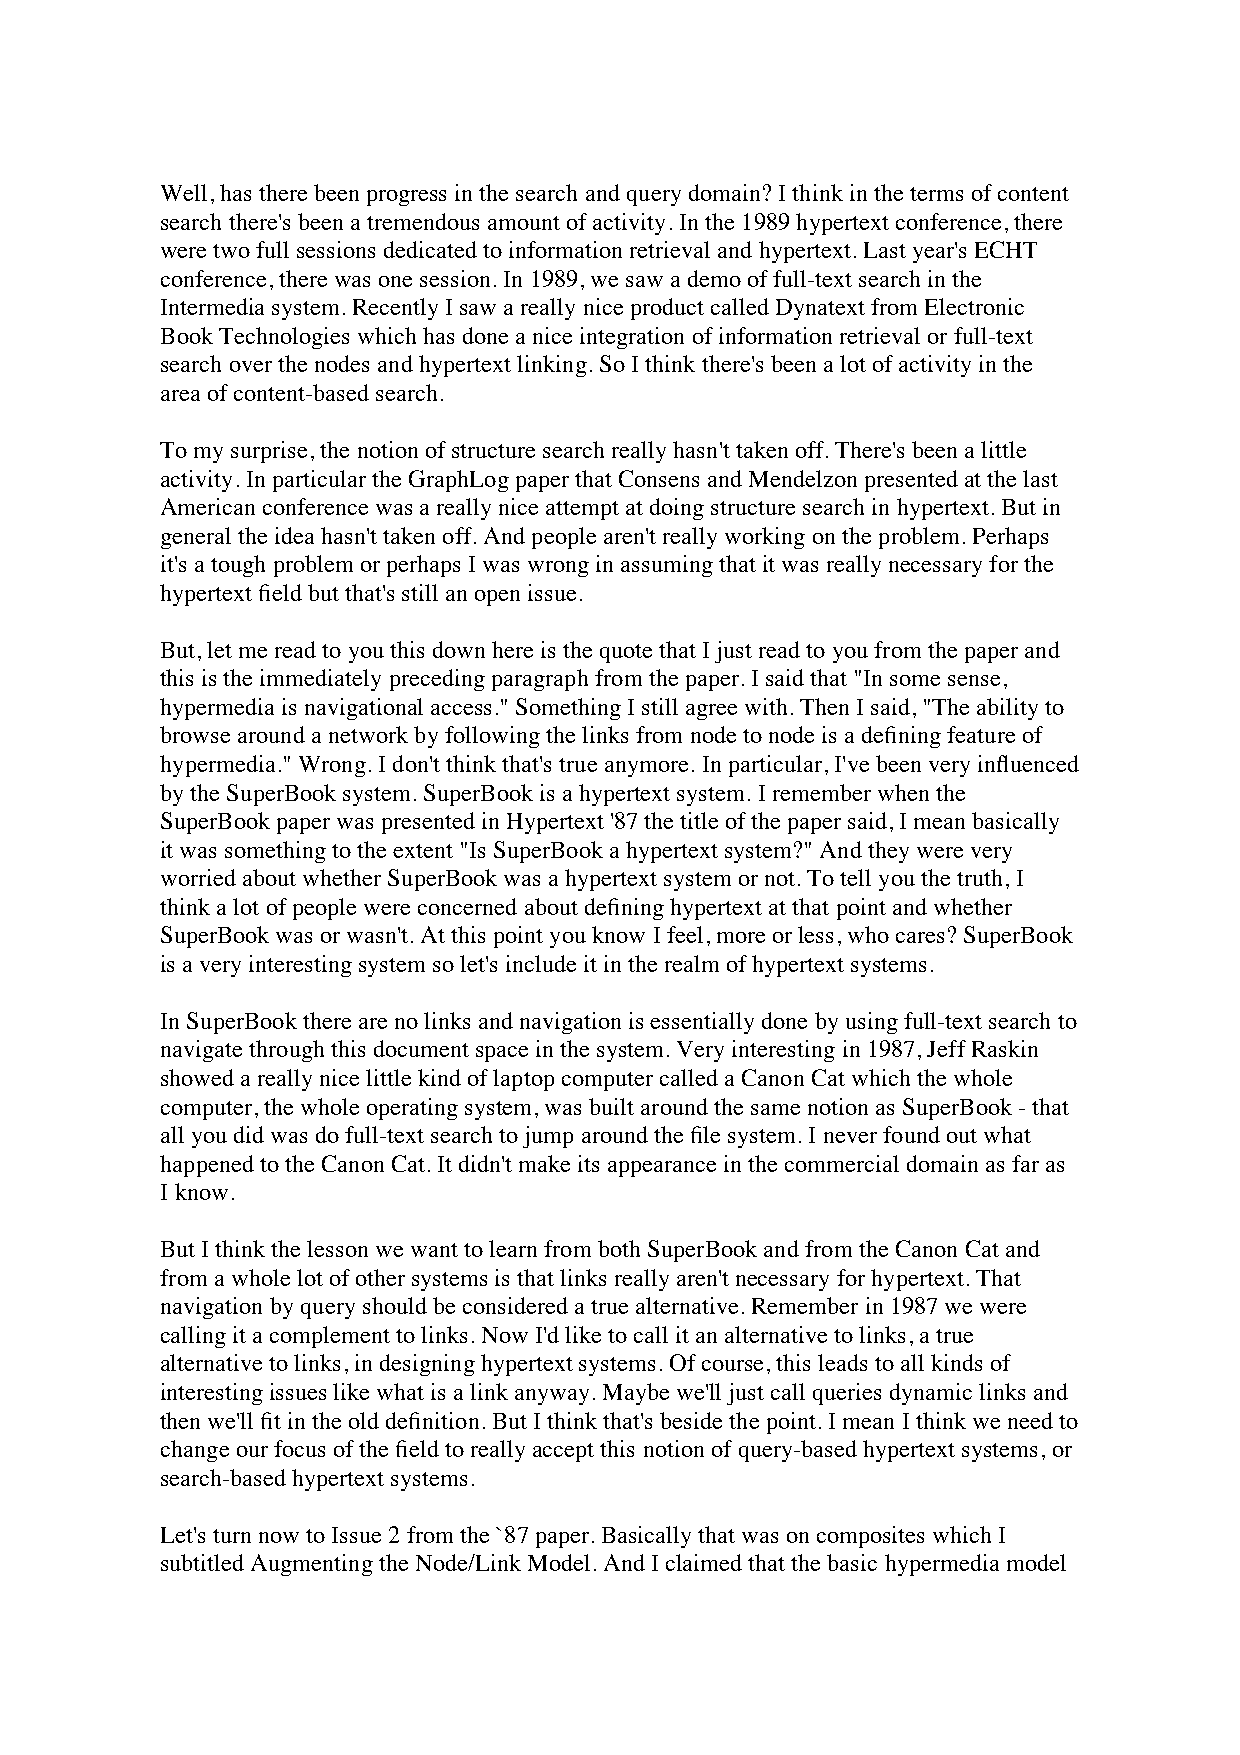
Well, has there been progress in the search and query domain? I think in the terms of content
 search there's been a tremendous amount of activity. In the 1989 hypertext conference, there
 were two full sessions dedicated to information retrieval and hypertext. Last year's ECHT
 conference, there was one session. In 1989, we saw a demo of full-text search in the
 Intermedia system. Recently I saw a really nice product called Dynatext from Electronic
 Book Technologies which has done a nice integration of information retrieval or full-text
 search over the nodes and hypertext linking. So I think there's been a lot of activity in the
 area of content-based search.
 To my surprise, the notion of structure search really hasn't taken off. There's been a little
 activity. In particular the GraphLog paper that Consens and Mendelzon presented at the last
 American conference was a really nice attempt at doing structure search in hypertext. But in
 general the idea hasn't taken off. And people aren't really working on the problem. Perhaps
 it's a tough problem or perhaps I was wrong in assuming that it was really necessary for the
 hypertext field but that's still an open issue.
 But, let me read to you this down here is the quote that I just read to you from the paper and
 this is the immediately preceding paragraph from the paper. I said that "In some sense,
 hypermedia is navigational access." Something I still agree with. Then I said, "The ability to
 browse around a network by following the links from node to node is a defining feature of
 hypermedia." Wrong. I don't think that's true anymore. In particular, I've been very influenced
 by the SuperBook system. SuperBook is a hypertext system. I remember when the
 SuperBook paper was presented in Hypertext '87 the title of the paper said, I mean basically
 it was something to the extent "Is SuperBook a hypertext system?" And they were very
 worried about whether SuperBook was a hypertext system or not. To tell you the truth, I
 think a lot of people were concerned about defining hypertext at that point and whether
 SuperBook was or wasn't. At this point you know I feel, more or less, who cares? SuperBook
 is a very interesting system so let's include it in the realm of hypertext systems.
 In SuperBook there are no links and navigation is essentially done by using full-text search to
 navigate through this document space in the system. Very interesting in 1987, Jeff Raskin
 showed a really nice little kind of laptop computer called a Canon Cat which the whole
 computer, the whole operating system, was built around the same notion as SuperBook - that
 all you did was do full-text search to jump around the file system. I never found out what
 happened to the Canon Cat. It didn't make its appearance in the commercial domain as far as
 I know.
 But I think the lesson we want to learn from both SuperBook and from the Canon Cat and
 from a whole lot of other systems is that links really aren't necessary for hypertext. That
 navigation by query should be considered a true alternative. Remember in 1987 we were
 calling it a complement to links. Now I'd like to call it an alternative to links, a true
 alternative to links, in designing hypertext systems. Of course, this leads to all kinds of
 interesting issues like what is a link anyway. Maybe we'll just call queries dynamic links and
 then we'll fit in the old definition. But I think that's beside the point. I mean I think we need to
 change our focus of the field to really accept this notion of query-based hypertext systems, or
 search-based hypertext systems.
 Let's turn now to Issue 2 from the `87 paper. Basically that was on composites which I
 subtitled Augmenting the Node/Link Model. And I claimed that the basic hypermedia model